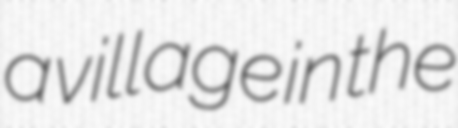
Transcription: a village in the